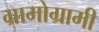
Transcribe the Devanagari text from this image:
ग्रामोग्रामी